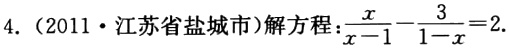
4.（2011·江苏省盐城市）解方程：\(\frac{x}{x - 1}-\frac{3}{1 - x}=2\)